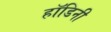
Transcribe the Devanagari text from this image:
हॉडिनी